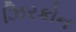
ઝિરકોન